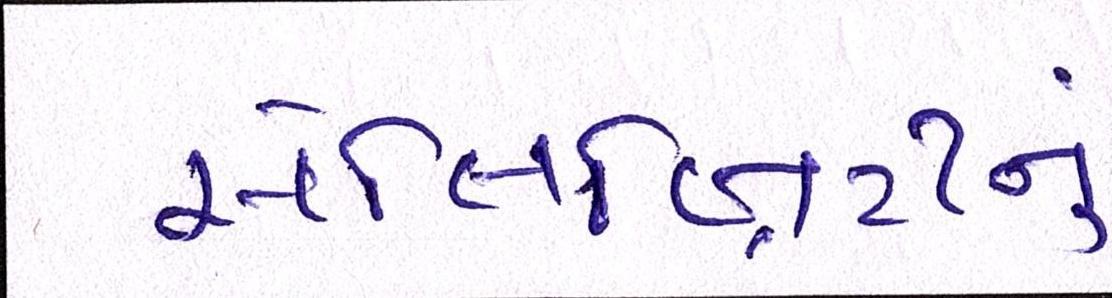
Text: સેલિબ્રિટીનું